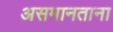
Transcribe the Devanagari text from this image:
असमानताना